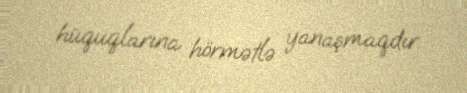
hüquqlarına hörmətlə yanaşmaqdır.